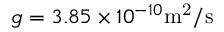
g = 3 . 8 5 \times 1 0 ^ { - 1 0 } \mathrm { m ^ { 2 } / s }